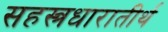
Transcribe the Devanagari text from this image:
सहस्त्रधारातीर्थ